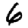
Digit: 6